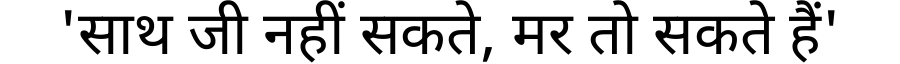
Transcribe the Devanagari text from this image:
'साथ जी नहीं सकते, मर तो सकते हैं'